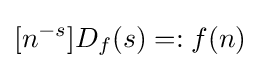
[n^{-s}]D_{f}(s)=:f(n)